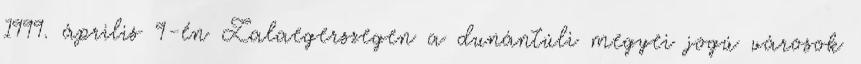
1999. április 9-én Zalaegerszegen a dunántúli megyei jogú városok